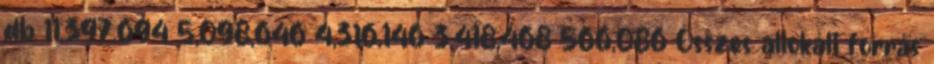
db 11,397,694 5,098,646 4,316,146 3,418,468 566,086 Összes allokált forrás